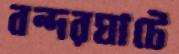
বন্দরঘাটে